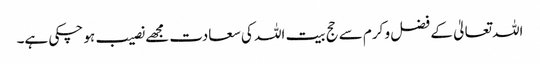
اللہ تعالیٰ کے فضل و کرم سے حج بیت اللہ کی سعادت مجھے نصیب ہو چکی ہے۔